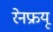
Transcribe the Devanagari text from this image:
रेनफ्रयू